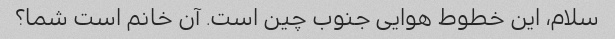
سلام، این خطوط هوایی جنوب چین است. آن خانم است شما؟